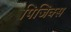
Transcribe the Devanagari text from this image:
पिजिक्स